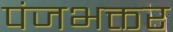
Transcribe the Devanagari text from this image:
पंजभक्तर